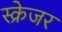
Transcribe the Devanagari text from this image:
स्क्रेजर